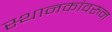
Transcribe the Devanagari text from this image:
स्थानकांवरुन